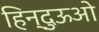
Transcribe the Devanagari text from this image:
हिन्दुऊओ